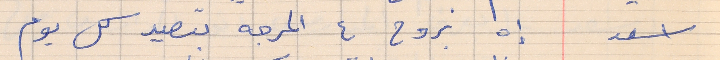
اسعد        إه بروح ع المرجه بتصيد كل يوم